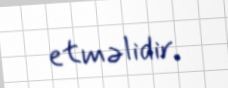
etməlidir.